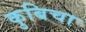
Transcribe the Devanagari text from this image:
कुबिचा